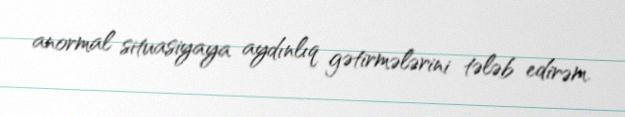
anormal situasiyaya aydınlıq gətirmələrini tələb edirəm.